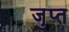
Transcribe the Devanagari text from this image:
जुप्त